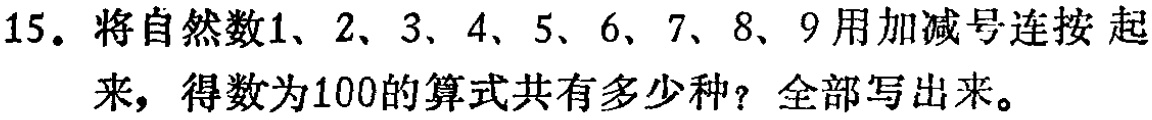
15. 将自然数1、2、3、4、5、6、7、8、9用加减号连按起来，得数为100的算式共有多少种？全部写出来。